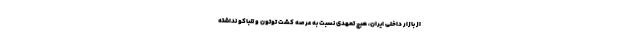
از بازار داخلی ایران، هیچ تعهدی نسبت به عرصه کشت توتون و تنباکو نداشته